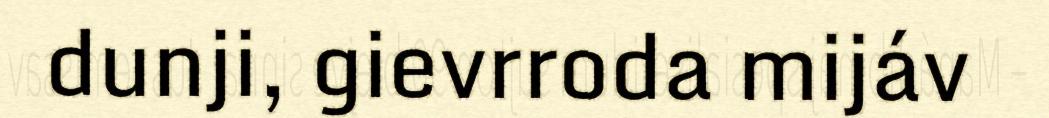
dunji, gievrroda mijáv